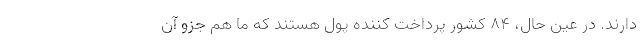
دارند. در عین حال، 84 کشور پرداخت کننده پول هستند که ما هم جزو آن